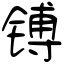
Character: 镈